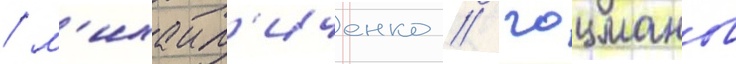
/ м'ихаил'иченко / гоцманов